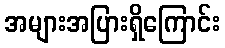
အများအပြားရှိကြောင်း